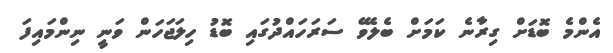
އެންމެ ބޮޑަށް ގިރާނެ ކަމަށް ބެލެވޭ ސަރަހައްދުގައި ބޮޑު ހިލަޖަހަން ވަނީ ނިންމައިފަ